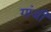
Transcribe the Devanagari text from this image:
गांजी